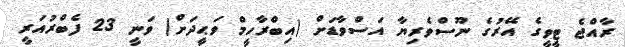
ރާއްޖެ ޓީވީގެ އޭރުގެ ނޫސްވެރިޔާ އަސްވާޑަށް (އިބްރާހީމް ވަޙީދަށް) ވަނީ 23 ފެބްރުއަރީ